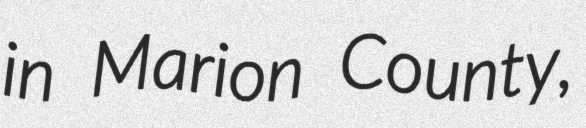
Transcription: in Marion County,